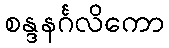
စန္ဒနင်္ဂလိကော